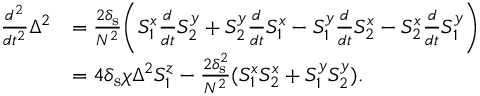
\begin{array} { r l } { \frac { d ^ { 2 } } { d t ^ { 2 } } \Delta ^ { 2 } } & { = \frac { 2 \delta _ { \mathrm { s } } } { N ^ { 2 } } \bigg ( S _ { 1 } ^ { x } \frac { d } { d t } S _ { 2 } ^ { y } + S _ { 2 } ^ { y } \frac { d } { d t } S _ { 1 } ^ { x } - S _ { 1 } ^ { y } \frac { d } { d t } S _ { 2 } ^ { x } - S _ { 2 } ^ { x } \frac { d } { d t } S _ { 1 } ^ { y } \bigg ) } \\ & { = 4 \delta _ { \mathrm { s } } \chi \Delta ^ { 2 } S _ { 1 } ^ { z } - \frac { 2 \delta _ { \mathrm { s } } ^ { 2 } } { N ^ { 2 } } ( S _ { 1 } ^ { x } S _ { 2 } ^ { x } + S _ { 1 } ^ { y } S _ { 2 } ^ { y } ) . } \end{array}